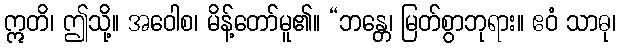
ဣတိ၊ ဤသို့။ အဝေါစ၊ မိန့်တော်မူ၏။ “ဘန္တေ၊ မြတ်စွာဘုရား။ ဧဝံ သာဓု၊